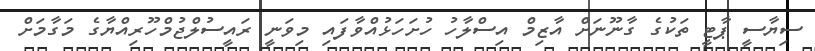
ސިޔާސީ ޕާޓީ ތަކުގެ ގާނޫނަށް އާޒިމް އިސްލާހު ހުށަހަޅުއްވާފައި މިވަނީ ރައީސުލްޖުމްހޫރިއްޔާގެ މަގާމަށް